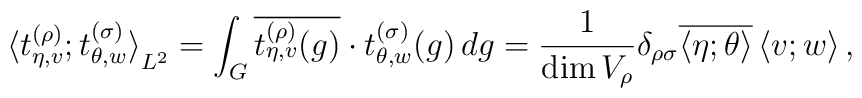
{\bigl<t_{\eta,v}^{(\rho)};t_{\theta,w}^{(\sigma)}\bigr>}_{L^2}    = \int_G\overline{t_{\eta,v}^{(\rho)}(g)}\cdot t_{\theta,w}^{(\sigma)}(g)\,dg    = \frac{1}{\dim V_{\rho}}\delta_{\rho\sigma}        \overline{\left<\eta;\theta\right>}\left<v;w\right>,